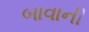
બાવાની